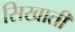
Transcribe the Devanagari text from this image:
सिखाती